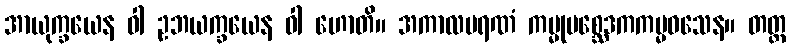
အာယုက္ခယေန ဝါ ဥဘယက္ခယေန ဝါ ဟောတိ။ အကာလမရဏံ ကမ္မုပစ္ဆေဒကကမ္မဝသေန။ တတ္ထ